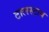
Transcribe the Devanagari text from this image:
टालस्‍टाय